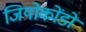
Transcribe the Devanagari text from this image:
जियोकोंडो